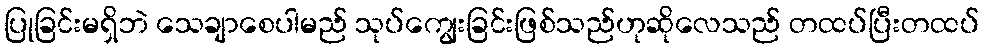
ပြုခြင်းမရှိဘဲ သေချာစေပါမည် သုပ်ကျွေးခြင်းဖြစ်သည်ဟုဆိုလေသည် တထပ်ပြီးတထပ်